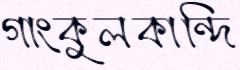
গাংকুলকান্দি